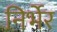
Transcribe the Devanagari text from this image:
निर्भेर